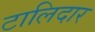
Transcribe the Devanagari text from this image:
टालिदार